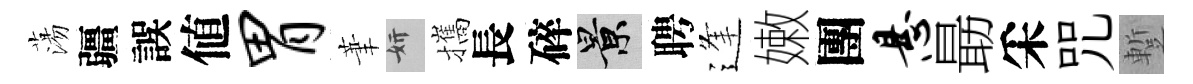
蕩疆誤値胃茟妍攜長碎景聘逢嫩團悬朂采咒蹔